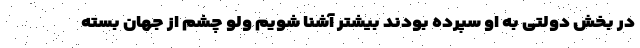
در بخش دولتی به او سپرده بودند بیشتر آشنا شویم ولو چشم از جهان بسته